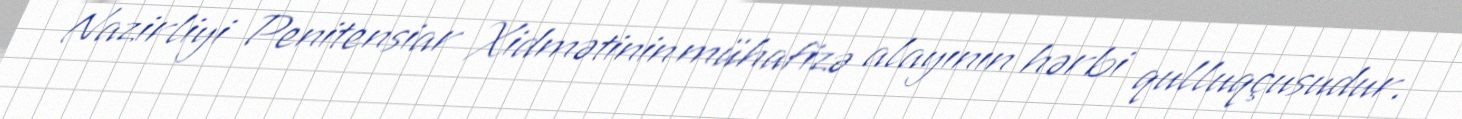
Nazirliyi Penitensiar Xidmətinin mühafizə alayının hərbi qulluqçusudur.